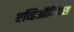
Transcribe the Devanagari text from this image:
एव्हिऑनिक्स